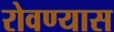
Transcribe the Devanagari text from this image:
रोवण्यास